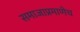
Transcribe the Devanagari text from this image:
समाजाप्रमाणेच